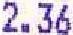
2.36